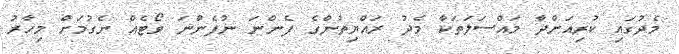
މެދުގައި ކުރިއަށްދާ މައްސަލަތަކާ މެދު ރައްޔިތުންގެ ފެންނަ ނުފެންނަ ވޯޓެއް ނެގުމަށް މިހާރު